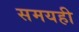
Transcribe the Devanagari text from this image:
समयही